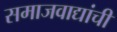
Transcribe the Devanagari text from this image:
समाजवाद्यांची